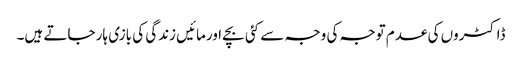
ڈاکٹروں کی عدم توجہ کی وجہ سے کئی بچے اورمائیں زندگی کی بازی ہار جاتے ہیں۔